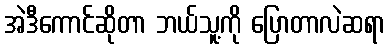
အဲဒီကောင်ဆိုတာ ဘယ်သူ့ကို ပြောတာလဲဆရာ